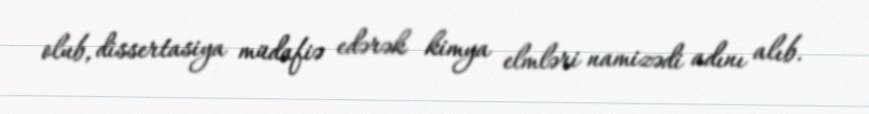
olub, dissertasiya müdafiə edərək kimya elmləri namizədi adını alıb.